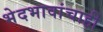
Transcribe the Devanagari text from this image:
भेदभावांचाही